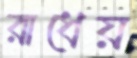
রাধেয়